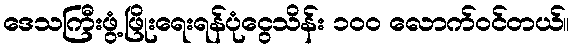
ဒေသကြီးဖွံ့ဖြိုးရေးရန်ပုံငွေသိန်း ၁၀၀ လောက်ဝင်တယ်။